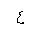
Letter: _ayn